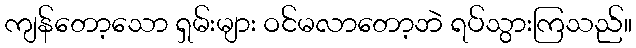
ကျန်တော့သော ရှမ်းများ ဝင်မလာတော့ဘဲ ရပ်သွားကြသည်။